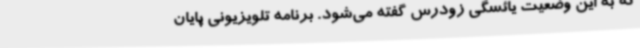
که به این وضعیت یائسگی زودرس گفته می‌شود. برنامه تلویزیونی پایان